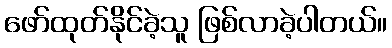
ဖော်ထုတ်နိုင်ခဲ့သူ ဖြစ်လာခဲ့ပါတယ်။